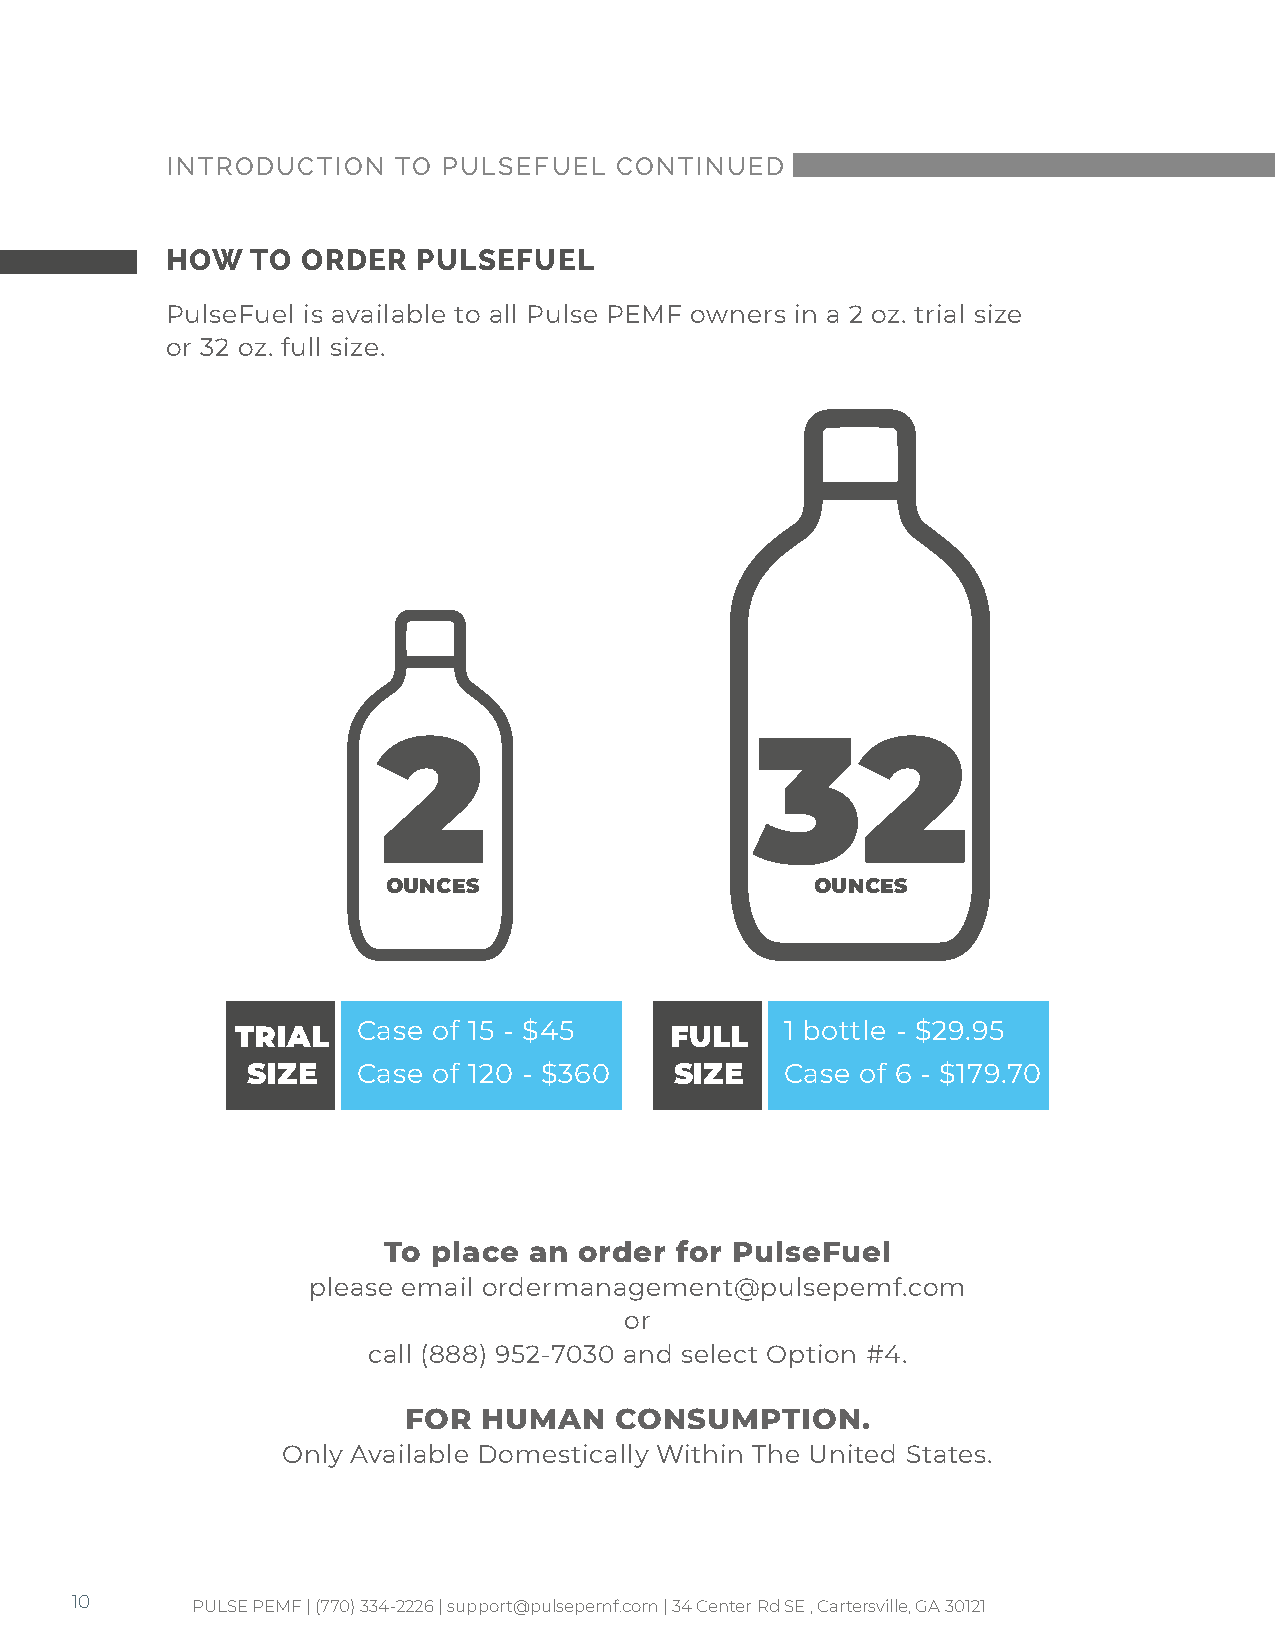
INTRODUCTION   TO PULSEFUEL   CONTINUED
 HOW   TO ORDER   PULSEFUEL
 PulseFuel is available to all Pulse PEMF owners in a 2 oz. trial size
 or 32 oz. full size.
 2                        32
 OUNCES                      OUNCES
 TRIAL   Case of 15 - $45    FULL    1 bottle - $29.95
 SIZE    Case of 120 - $360   SIZE   Case of 6 - $179.70
 To  place an order  for PulseFuel
 please email ordermanagement@pulsepemf.com
 or
 call (888) 952-7030 and select Option #4.
 FOR  HUMAN    CONSUMPTION.
 Only Available Domestically Within The United States.
 10      PULSE PEMF | (770) 334-2226 | support@pulsepemf.com | 34 Center Rd SE , Cartersville, GA 30121